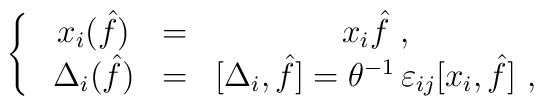
\left\{~\begin{array}{ccc}x_i( \hat f) &=& x_i {\hat f}~, \nonumber \\\Delta_i ( {\hat f}) &=& [\Delta_i, {\hat f}]=\theta^{-1} \,\varepsilon_{ij} [x_i, {\hat f}]~,\end{array}\right.